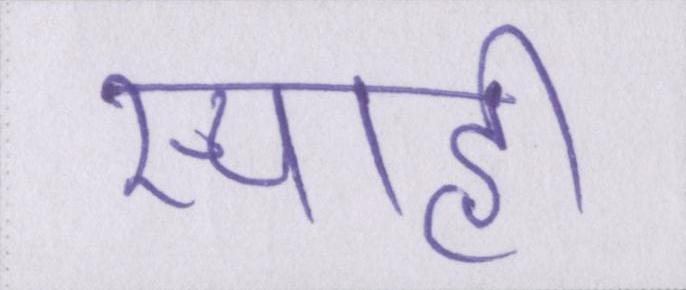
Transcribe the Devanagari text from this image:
स्याही